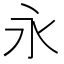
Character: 永